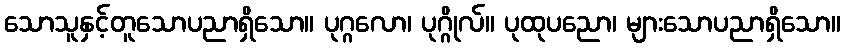
သောသူနှင့်တူသောပညာရှိသော။ ပုဂ္ဂလော၊ ပုဂ္ဂိုလ်။ ပုထုပညော၊ များသောပညာရှိသော။